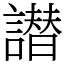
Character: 譛